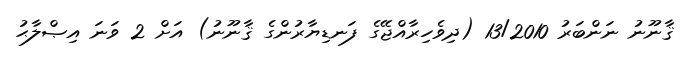
ޤާނޫނު ނަންބަރު 13/2010 (ދިވެހިރާއްޖޭގެ ފަނޑިޔާރުންގެ ޤާނޫނު) އަށް 2 ވަނަ އިޞްލާޙު